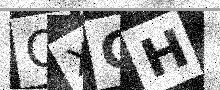
Text: QXCH